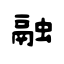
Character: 融